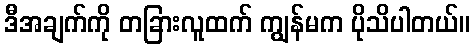
ဒီအချက်ကို တခြားလူထက် ကျွန်မက ပိုသိပါတယ်။